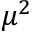
\mu ^ { 2 }